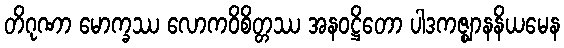
တိဂုဏာ မောက္ခဿ လောကဝိစိတ္တဿ အနဝဋ္ဌိတော ပါဒကဇ္ဈာနနိယမေန